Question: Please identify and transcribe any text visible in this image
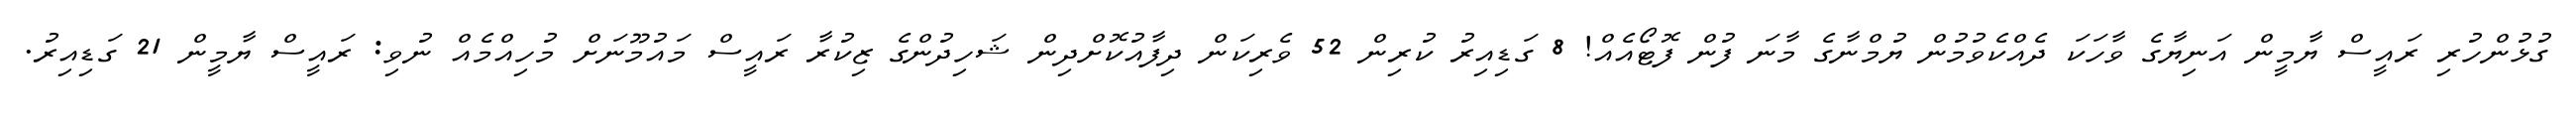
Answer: ގުޅުންހުރި ރައީސް ޔާމީން އަނިޔާގެ ވާހަކަ ދެއްކެވުމުން ޔުމްނާގެ މާނަ ފުން ފޮޓޯއެއް! 8 ގަޑިއިރު ކުރިން 52 ވެރިކަން ދިފާއުކޮށްދިން ޝަހިދުންގެ ޒިކުރާ ރައީސް މައުމޫނަށް މުހިއްމެއް ނުވި: ރައީސް ޔާމީން 21 ގަޑިއިރު.